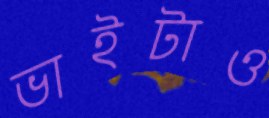
ভাইটাও